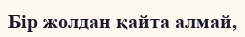
Бiр жолдан қайта алмай,